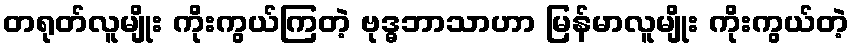
တရုတ်လူမျိုး ကိုးကွယ်ကြတဲ့ ဗုဒ္ဓဘာသာဟာ မြန်မာလူမျိုး ကိုးကွယ်တဲ့